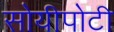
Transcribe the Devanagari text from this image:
सोयीपोटी